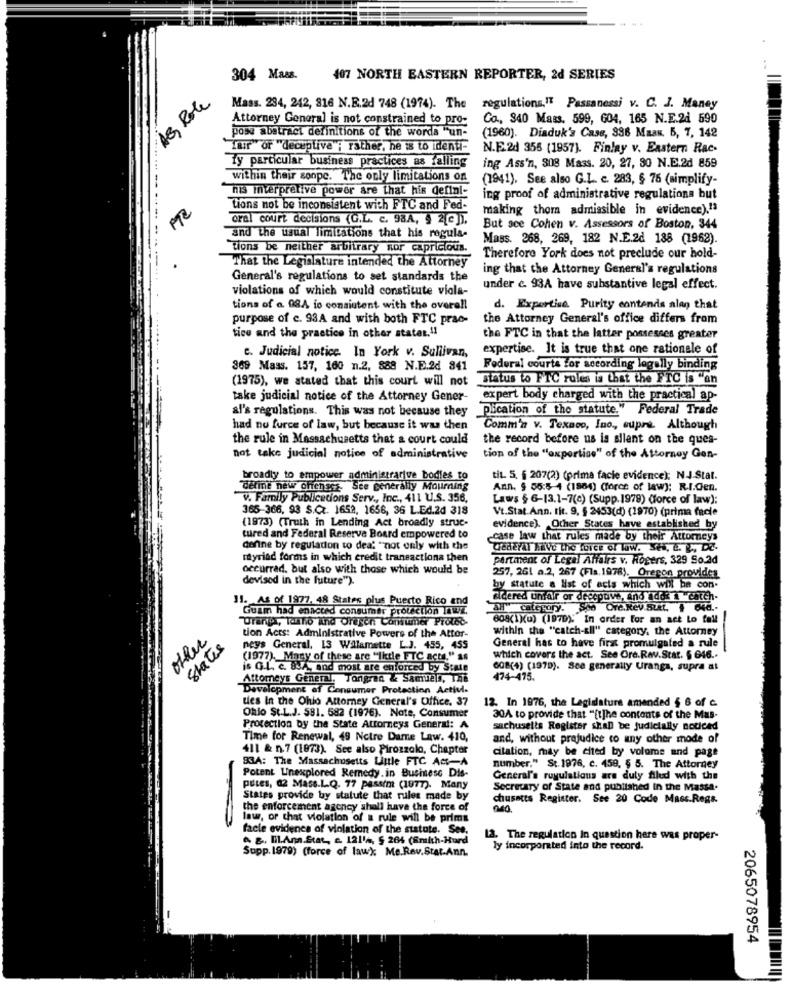
304 Mass.
407 NORTH EASTERN REPORTER, 2d SERIES
AG Rote
Mass. 234, 242, 816 N.E.2d 748 (1974). The regulations." Passanessi v. C. J. Maney
Attorney General is not constrained to pro-
Co ., 340 Mass. 599, 604, 165 N.E.2d 590
pose abstract definitions of the words "un-
(1960). Diaduk's Case, 336 Maas, 6, 7, 142
Tuur" or "deceptive"; rather, he is to identi-
N.E.2d 356 (1957). Finlay v. Eastern Rac-
Ty particular business practices as falling
ing Ass'n, 308 Mass. 20, 27, 30 N.E.2d 859
within their sonpc. The only limitations on
(1941). See also G.L. c. 283, § 76 (simplify-
his interpretive power are that his definl- ing proof of administrative regulations but
Lions not be inconsistent with FTC and Fed-
making thor admissible in evidence).13
oral court decisions (G.L. c. 98A, 9 2[e ]),
But sce Cohen v. Assessors of Boston, 344
and the usual limitations that his regula-
Mass. 268, 269, 182 N.E.2d 188 (1962).
tions be neither arbitrary nor capricious.
That the Legislature intended the Attorney
Therefore York does not preclude our hold-
ing that the Attorney General's regulations
General's regulations to set standards the
violations of which would constitute viola-
under c. 93A have substantive legal effect.
tions of a 08A io consistent with the overall
d. Expertise Purity contends alan that
purpose of c. 93A and with both FTC prac-
the Attorney General's office differs from
tice and the practice in other states."1
the FTC in that the latter possesses greater
c. Judicial notice. In York v. Sullivan,
expertise. It is true that one rationale of
369 Mass. 157, 160 n.2, 888 N.E.2d 841
Federal courts for according legally binding
(1975), we stated that this court will not
Status to FTC rules is that the FTC is "an
take judicial notice of the Attorney Gener-
expert body charged with the practical ap-
al's regulations. This was not because they
Pication of the statute." Federal Trade
had no furce of law, but because it was then
Comm'a v. Texaco, Ino ,, supre. Although
the rule in Massachusetts that a court could
the record before us is allent on the ques-
not take judicial notice of administrative
tion of the "expertise" of the Attorney Gen-
broadly to empower administrative bodies to
tit. 5. § 207(2) (prima facie evidence); NJ-Stat.
define new chenses. See generally Mourning
Ann. $ 56:5-4 (1884) (force of law): R.I.Gen.
v. Family Publicacions Serv ., Inc ., 411 U.S. 356,
Laws § 6-13.1-7(c) (Supp. 1979) (force of law);
365-366, 93 S.Cz. 1652, 1656, 36 L.Ed.2d 318
Vt.Stat.Ann. tit. 9. § 2453(d) (1970) (prima facie
(1973) (Truth in Lending Act broadly struc-
evidence). Other States have established by
tured and Federal Reserve Board empowered to
case law that rules made by their Attorneys
denne by regulation to dea: "not only with the
GedErAl Mive the force of law. , L. L ., DE.
rayriad forms in which credit transactiona then
partment of Legal Affairs v. Rogers, 329 So.2d
occurred. but also with those which would be
devised in the future").
257, 261 a.2, 267 (Fla.1978), Oregon provides
by statute a list of acts which will be con.
11. As of 1877. 48 States plus Puerto Rico and
Sidered umair or decepuve, and adok & chten.
Guam had enacted consumer protection laws.
AH" category. Spe Ore.Rev.Suit. 1 640 ..
Uranga, Toallo And Olesen Consumer Prolet-
808(1)(0) (1970). In order for an act to fall
within the "catch-all" category, the Attorney
other
tion Acts: Administrative Powers of the Attor-
States
neys General, 13 Willamette L.J. 455, 455
General has to have first promulgated a rule
(1977). Many of these are "Iktle FTC acts," as
which covers the act. See Ore. Rav.Stat. 5 646 ..
is G.L. c. SSA, and most are enforced by State
608(4) (1979). See generally Uranga, supra at
Attorneys General. Torigran & Samuan, The
474-475.
Development of Consumer Protection Activi.
ties In the Ohio Attorney General's Office. 37
12. In 1976, the Legislature amended 5 6 of c.
Ohlo St.L.J. 581. 582 (1976). Note, Consumer
30A to provide that "[t]he contents of the Mas-
Protection by the State Attorneys General: A
sachusetts Register shall be judicially noticed
Time for Renewal, 49 Notre Dame Law. 410,
and, without prejudice to any other mode of
411 & n.7 (1873). See also Pirozzolo, Chapter
citation, may be cited by volume and page
83A: The Massachusetts Little FTC AM-A
number." St. 1976, c. 459, 5 5. The Attorney
Potent Unexplored Remedy. in Business Dis-
General's ruyulations are duly filed with the
PULes, 02 Mass.L.Q. 77 passim (1877). Many
Secretary of State and published in the Massa.
States provide by statute that rules made by
chusetts Register. See 20 Code Mass.Regs.
the enforcement agency shall have the force of
law, or chat violation of a rule will be prima
facie evidenes of violation of the statute. See.
&, lil.Ann.Stat, e. 121'4, 5 264 (Smith-Hurd
13. The regulation In question here was proper-
ly incorporated into the record.
Supp. 1979) (force of law); Me.Rev.Stat.Ann.
2065078954